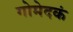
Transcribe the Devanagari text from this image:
गोमेदकं